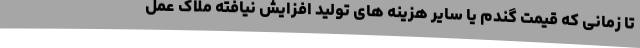
تا زمانی که قیمت گندم یا سایر هزینه های تولید افزایش نیافته ملاک عمل